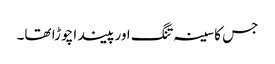
جس کا سینہ تنگ اور پیندا چوڑا تھا۔